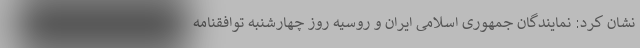
نشان کرد: نمایندگان جمهوری اسلامی ایران و روسیه روز چهارشنبه توافقنامه